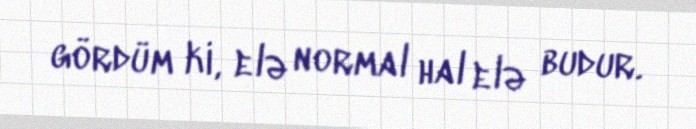
gördüm ki, elə normal hal elə budur.